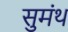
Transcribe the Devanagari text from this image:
सुमंथ